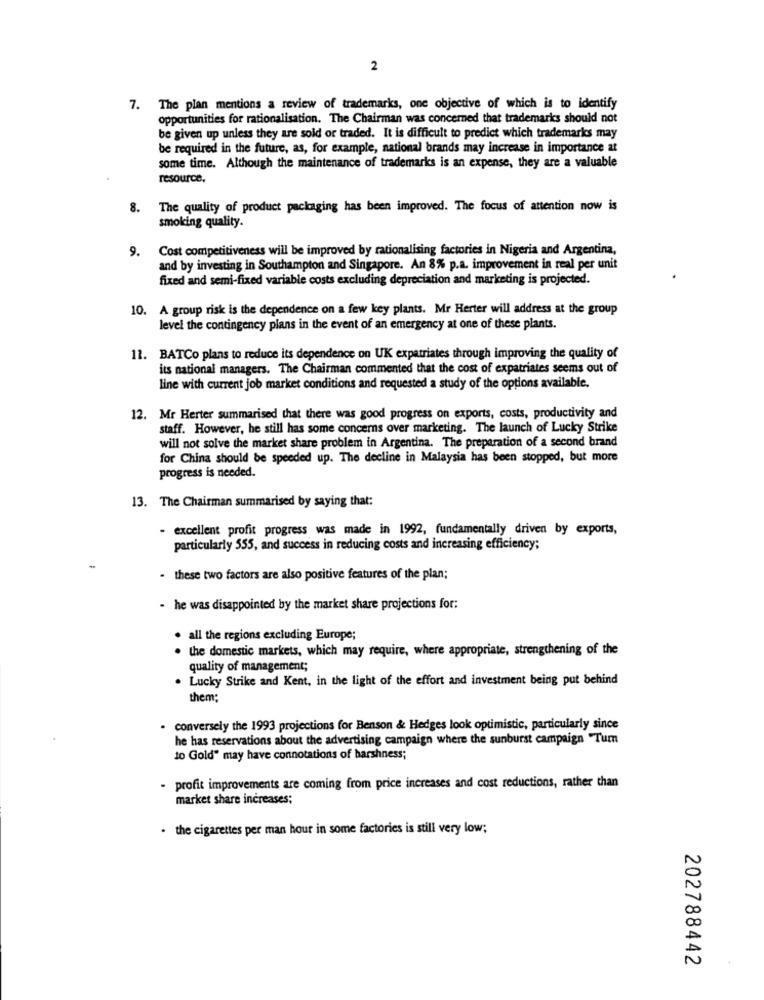
2
7. The plan mentions a review of trademarks, one objective of which is to identify
opportunities for rationalisation. The Chairman was concerned that trademarks should not
be given up unless they are sold or traded. It is difficult to predict which trademarks may
be required in the future, as, for example, national brands may increase in importance at
some time. Although the maintenance of trademarks is an expense, they are a valuable
resource.
The quality of product packaging has been improved. The focus of attention now is
smoking quality.
9.
Cost competitiveness will be improved by rationalising factories in Nigeria and Argentina,
and by investing in Southampton and Singapore. An 8% p.a. improvement in real per unit
fixed and semi-fixed variable costs excluding depreciation and marketing is projected.
10. A group risk is the dependence on a few key plants. Mr Herter will address at the group
level the contingency plans in the event of an emergency at one of these plants.
11. BATCo plans to reduce its dependence on UK expatriates through improving the quality of
its national managers. The Chairman commented that the cost of expatriates seems out of
line with current job market conditions and requested a study of the options available.
12. Mr Herter summarised that there was good progress on exports, costs, productivity and
staff. However, he still has some concerns over marketing. The launch of Lucky Strike
will not solve the market share problem in Argentina. The preparation of a second brand
for China should be speeded up. The decline in Malaysia has been stopped, but more
progress is needed.
13. The Chairman summarised by saying that:
- excellent profit progress was made in 1992, fundamentally driven by exports,
particularly 555, and success in reducing costs and increasing efficiency;
- these two factors are also positive features of the plan;
- he was disappointed by the market share projections for:
. all the regions excluding Europe;
the domestic markets, which may require, where appropriate, strengthening of the
quality of management;
. Lucky Strike and Kent, in the light of the effort and investment being put behind
them;
. conversely the 1993 projections for Benson & Hedges look optimistic, particularly since
he has reservations about the advertising campaign where the sunburst campaign "Tum
to Gold" may have connotations of harshness;
- profit improvements are coming from price increases and cost reductions, rather than
market share increases;
. the cigarettes per man hour in some factories is still very low;
202788442